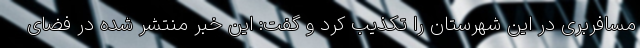
مسافربری در این شهرستان را تکذیب کرد و گفت: این خبر منتشر شده در فضای